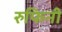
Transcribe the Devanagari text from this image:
रुफिनी